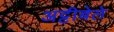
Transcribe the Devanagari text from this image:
अट्टीबेले